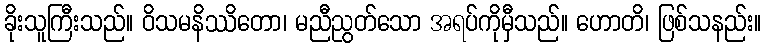
ခိုးသူကြီးသည်။ ဝိသမနိဿိတော၊ မညီညွတ်သော အရပ်ကိုမှီသည်။ ဟောတိ၊ ဖြစ်သနည်း။